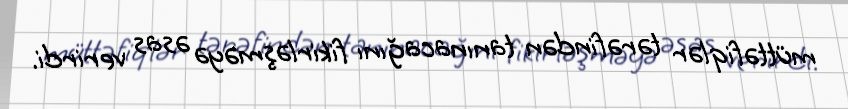
müttəfiqlər tərəfindən tanınacağını fikirləşməyə əsas verirdi.